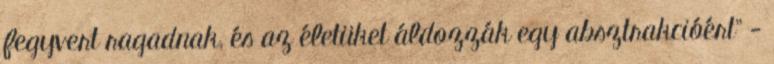
fegyvert ragadnak, és az életüket áldozzák egy absztrakcióért" -